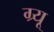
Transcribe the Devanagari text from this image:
ग्र्यू